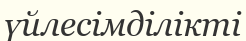
үйлесімділікті